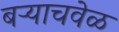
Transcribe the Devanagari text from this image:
बऱ्याचवेळ